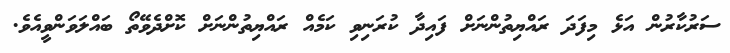
ސަރުކާރުން އަޅެ މިފަދަ ރައްޔިތުންނަށް ފައިދާ ކުރަނިވި ކަމެއް ރައްޔިތުންނަށް ކޮށްދެވޭތޯ ބައްލަވަންވީއެވެ.